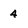
Character: 4